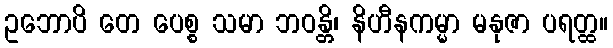
ဥဘောပိ တေ ပေစ္စ သမာ ဘဝန္တိ၊ နိဟီနကမ္မာ မနုဇာ ပရတ္ထ။